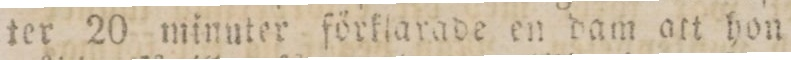
ter 20 minuter förklarade en dam att hon